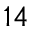
^ { 1 4 }